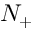
N _ { + }